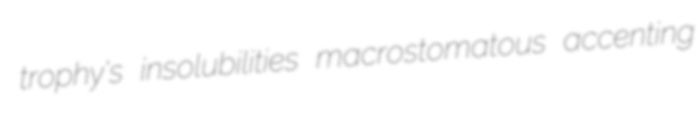
trophy's insolubilities macrostomatous accenting